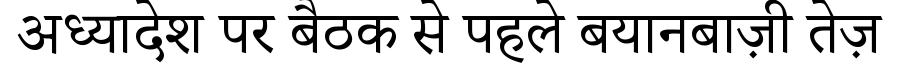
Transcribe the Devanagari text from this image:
अध्यादेश पर बैठक से पहले बयानबाज़ी तेज़